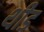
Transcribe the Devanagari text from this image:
थीड